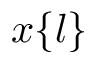
x \{ l \}